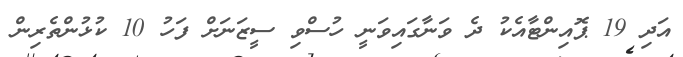
އަދި 19 ޕޮއިންޓާއެކު ދެ ވަނާގައިވަނީ ހުސްވި ސީޒަނަށް ފަހު 10 ކުޅުންތެރިން